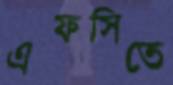
এফসিতে